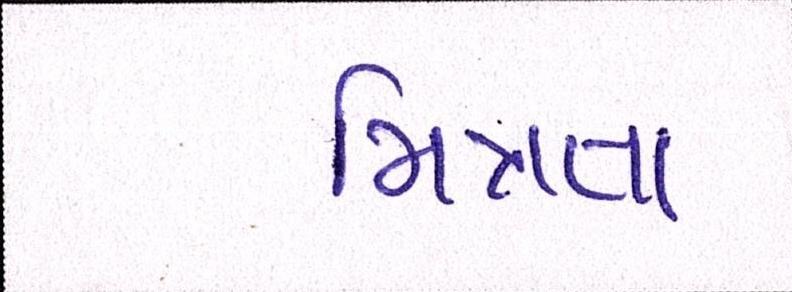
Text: મિત્રતા